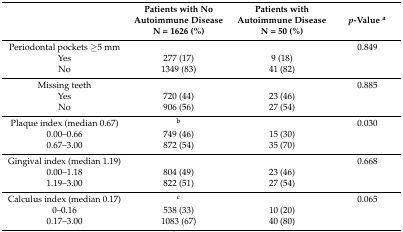
<table><thead><tr><td></td><td><b>Patients with No Autoimmune Disease N = 1626 (%)</b></td><td><b>Patients with Autoimmune Disease N = 50 (%)</b></td><td><b><i>p</i>-Value <sup>a</sup></b></td></tr></thead><tbody><tr><td>Periodontal pockets ≥5 mm</td><td></td><td></td><td>0.849</td></tr><tr><td>Yes</td><td>277 (17)</td><td>9 (18)</td><td></td></tr><tr><td>No</td><td>1349 (83)</td><td>41 (82)</td><td></td></tr><tr><td>Missing teeth</td><td></td><td></td><td>0.885</td></tr><tr><td>Yes</td><td>720 (44)</td><td>23 (46)</td><td></td></tr><tr><td>No</td><td>906 (56)</td><td>27 (54)</td><td></td></tr><tr><td>Plaque index (median 0.67)</td><td><sup>b</sup></td><td></td><td>0.030</td></tr><tr><td>0.00–0.66</td><td>749 (46)</td><td>15 (30)</td><td></td></tr><tr><td>0.67–3.00</td><td>872 (54)</td><td>35 (70)</td><td></td></tr><tr><td>Gingival index (median 1.19)</td><td></td><td></td><td>0.668</td></tr><tr><td>0.00–1.18</td><td>804 (49)</td><td>23 (46)</td><td></td></tr><tr><td>1.19–3.00</td><td>822 (51)</td><td>27 (54)</td><td></td></tr><tr><td>Calculus index (median 0.17)</td><td><sup>c</sup></td><td></td><td>0.065</td></tr><tr><td>0–0.16</td><td>538 (33)</td><td>10 (20)</td><td></td></tr><tr><td>0.17–3.00</td><td>1083 (67)</td><td>40 (80)</td><td></td></tr></tbody></table>